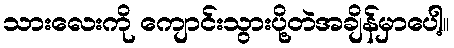
သားလေးကို ကျောင်းသွားပို့တဲအချိန်မှာပေါ့။